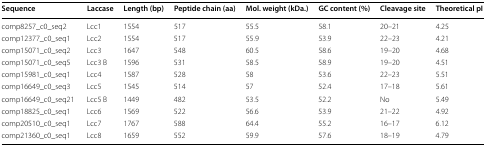
<table><thead><tr><td><b>Sequence</b></td><td><b>Laccase</b></td><td><b>Length (bp)</b></td><td><b>Peptide chain (aa)</b></td><td><b>Mol. weight (kDa.)</b></td><td><b>GC content (%)</b></td><td><b>Cleavage site</b></td><td><b>Theoretical pI</b></td></tr></thead><tbody><tr><td>comp8257_c0_seq2</td><td>Lcc1</td><td>1554</td><td>517</td><td>55.5</td><td>58.1</td><td>20–21</td><td>4.25</td></tr><tr><td>comp12377_c0_seq1</td><td>Lcc2</td><td>1554</td><td>517</td><td>55.9</td><td>53.9</td><td>22–23</td><td>4.21</td></tr><tr><td>comp15071_c0_seq2</td><td>Lcc3</td><td>1647</td><td>548</td><td>60.5</td><td>58.6</td><td>19–20</td><td>4.68</td></tr><tr><td>comp15071_c0_seq5</td><td>Lcc3 B</td><td>1596</td><td>531</td><td>58.5</td><td>58.9</td><td>19–20</td><td>4.51</td></tr><tr><td>comp15981_c0_seq1</td><td>Lcc4</td><td>1587</td><td>528</td><td>58</td><td>53.6</td><td>22–23</td><td>5.51</td></tr><tr><td>comp16649_c0_seq3</td><td>Lcc5</td><td>1545</td><td>514</td><td>57</td><td>52.4</td><td>17–18</td><td>5.61</td></tr><tr><td>comp16649_c0_seq21</td><td>Lcc5 B</td><td>1449</td><td>482</td><td>53.5</td><td>52.2</td><td>No</td><td>5.49</td></tr><tr><td>comp18825_c0_seq1</td><td>Lcc6</td><td>1569</td><td>522</td><td>56.6</td><td>53.9</td><td>21–22</td><td>4.92</td></tr><tr><td>comp20510_c0_seq1</td><td>Lcc7</td><td>1767</td><td>588</td><td>64.4</td><td>55.2</td><td>16–17</td><td>6.12</td></tr><tr><td>comp21360_c0_seq1</td><td>Lcc8</td><td>1659</td><td>552</td><td>59.9</td><td>57.6</td><td>18–19</td><td>4.79</td></tr></tbody></table>